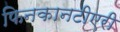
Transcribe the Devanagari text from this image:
फिनकानटीएरी